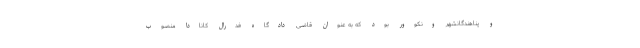
و پناهندگانشهر ونکوور بود که به عنوان قاضی دادگاه فدرال کانادا منصوب